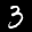
Label: 3